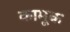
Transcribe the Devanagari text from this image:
कामूक